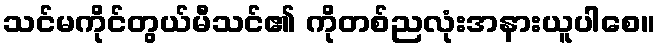
သင်မကိုင်တွယ်မီသင်၏ ကိုတစ်ညလုံးအနားယူပါစေ။